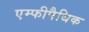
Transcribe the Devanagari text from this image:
एम्फीपैथिक